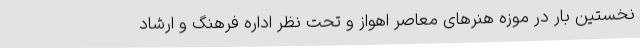
نخستین بار در موزه هنرهای معاصر اهواز و تحت نظر اداره فرهنگ و ارشاد